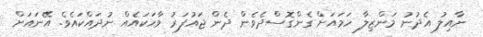
ނާއިލު އެދުނު މަންޒިލާ ހަމައަށް ގެންގޮސްދެވެން ދެން ޖައުފަރު ވާހަކައެއް ނުދައްކައެވެ. އޭނައަށް